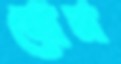
মোম